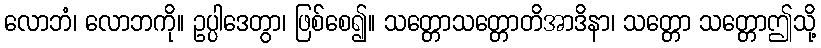
လောဘံ၊ လောဘကို။ ဥပ္ပါဒေတွာ၊ ဖြစ်စေ၍။ သတ္တောသတ္တောတိအာဒိနာ၊ သတ္တော သတ္တောဤသို့